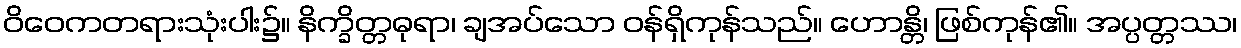
ဝိဝေကတရားသုံးပါး၌။ နိက္ခိတ္တဓုရာ၊ ချအပ်သော ဝန်ရှိကုန်သည်။ ဟောန္တိ၊ ဖြစ်ကုန်၏။ အပ္ပတ္တဿ၊